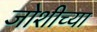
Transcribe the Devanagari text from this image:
जोशीच्या